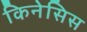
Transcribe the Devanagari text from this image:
किनेसिस